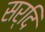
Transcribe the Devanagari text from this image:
सर्दि